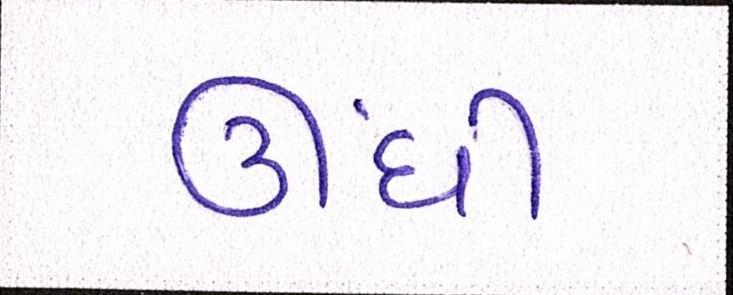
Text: ઊંધી